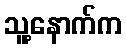
သူ့နောက်က